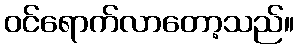
ဝင်ရောက်လာတော့သည်။